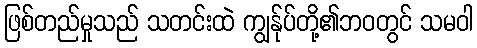
ဖြစ်တည်မှုသည် သတင်းထဲ ကျွန်ုပ်တို့၏ဘဝတွင် သမဝါ